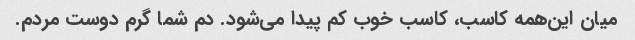
میان این‌همه کاسب، کاسب خوب کم پیدا می‌شود. دم شما گرم دوست مردم.